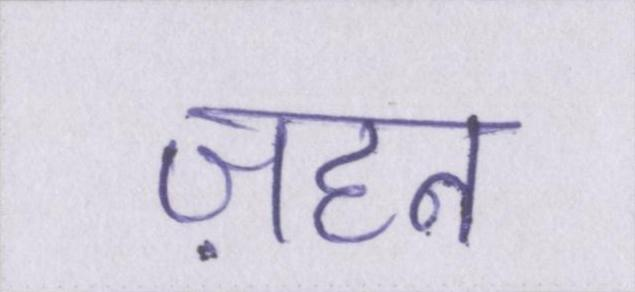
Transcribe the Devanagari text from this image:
ज़हन